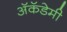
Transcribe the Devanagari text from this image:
अॅकॅडेमी